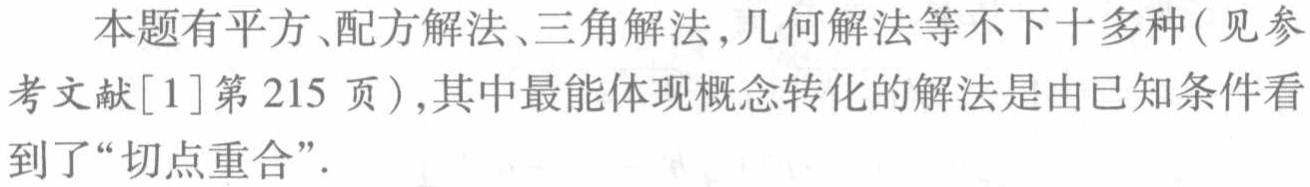
本题有平方、配方解法、三角解法,几何解法等不下十多种(见参考文献[1]第215页),其中最能体现概念转化的解法是由已知条件看到了“切点重合”.